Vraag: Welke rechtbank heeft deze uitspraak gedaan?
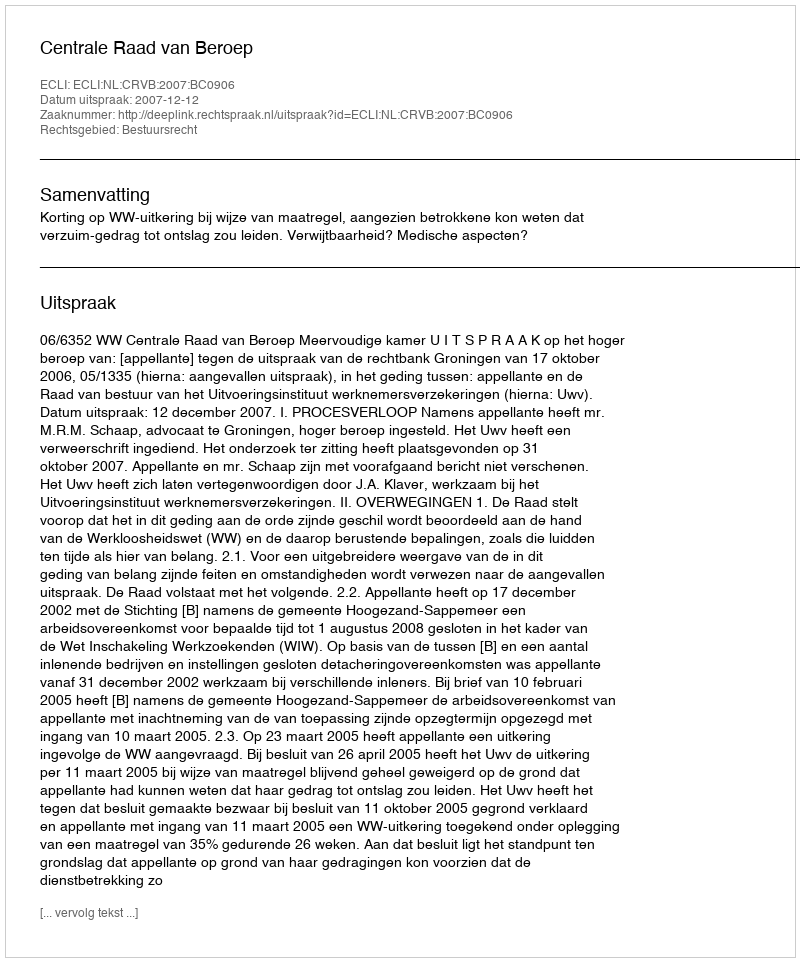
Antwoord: Centrale Raad van Beroep